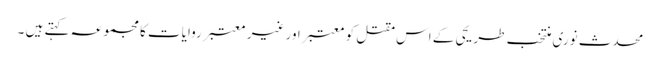
محدث نوری منتخب طریحی کے اس مقتل کو معتبر اور غیر معتبر روایات کا مجموعہ کہتے ہیں ۔